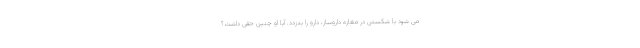
می شود با شکستن در مغازه داروساز، دارو را بدزدد. آیا او چنین حقی داشت؟